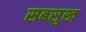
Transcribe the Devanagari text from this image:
सबसुख